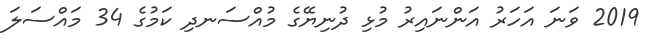
2019 ވަނަ އަހަރު އަންނައިރު މުޅި ދުނިޔޭގެ މުއްސަނދި ކަމުގެ 34 މައްސަލަ